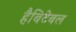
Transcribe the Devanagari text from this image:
हैबिटेबल